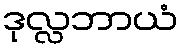
ဒုလ္လဘာယံ